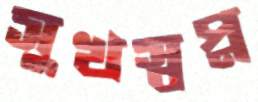
সুখস্বপ্ন